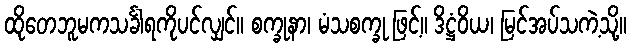
ထိုတေဘူမကသင်္ခါရကိုပင်လျှင်။ စက္ခုနာ၊ မံသစက္ခု ဖြင့်။ ဒိဋ္ဌံဝိယ၊ မြင်အပ်သကဲ့သို့။